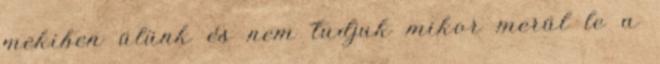
mekiben ülünk és nem tudjuk mikor merül le a